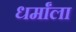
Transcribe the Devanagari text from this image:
धर्मांला